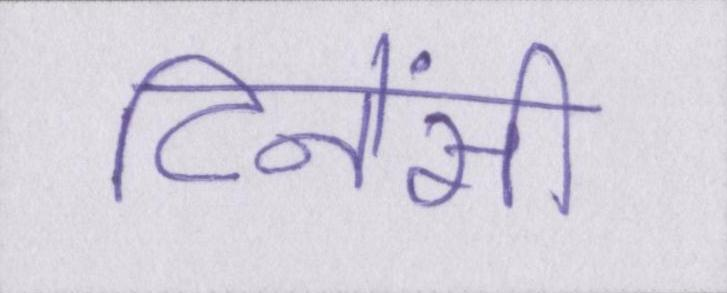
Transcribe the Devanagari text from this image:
टिनेंसी